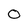
Character: 0